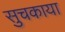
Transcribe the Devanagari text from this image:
सुचकाया